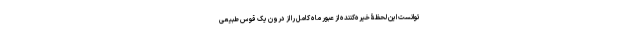
توانست این لحظۀ خیره‌کننده از عبور ماه کامل را از درون یک قوسِ طبیعی